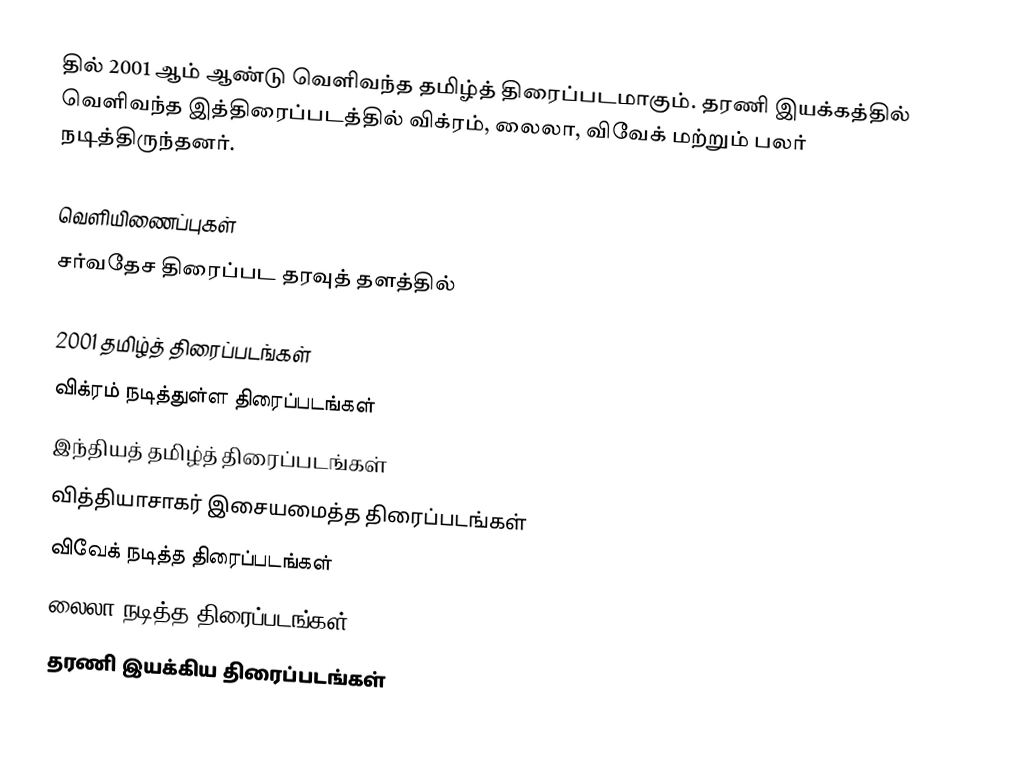
தில் 2001 ஆம் ஆண்டு வெளிவந்த தமிழ்த் திரைப்படமாகும். தரணி இயக்கத்தில் வெளிவந்த இத்திரைப்படத்தில் விக்ரம், லைலா, விவேக் மற்றும் பலர் நடித்திருந்தனர்.

வெளியிணைப்புகள்
சர்வதேச திரைப்பட தரவுத் தளத்தில்

2001 தமிழ்த் திரைப்படங்கள்
விக்ரம் நடித்துள்ள திரைப்படங்கள்
இந்தியத் தமிழ்த் திரைப்படங்கள்
வித்தியாசாகர் இசையமைத்த திரைப்படங்கள்
விவேக் நடித்த திரைப்படங்கள்
லைலா நடித்த திரைப்படங்கள்
தரணி இயக்கிய திரைப்படங்கள்